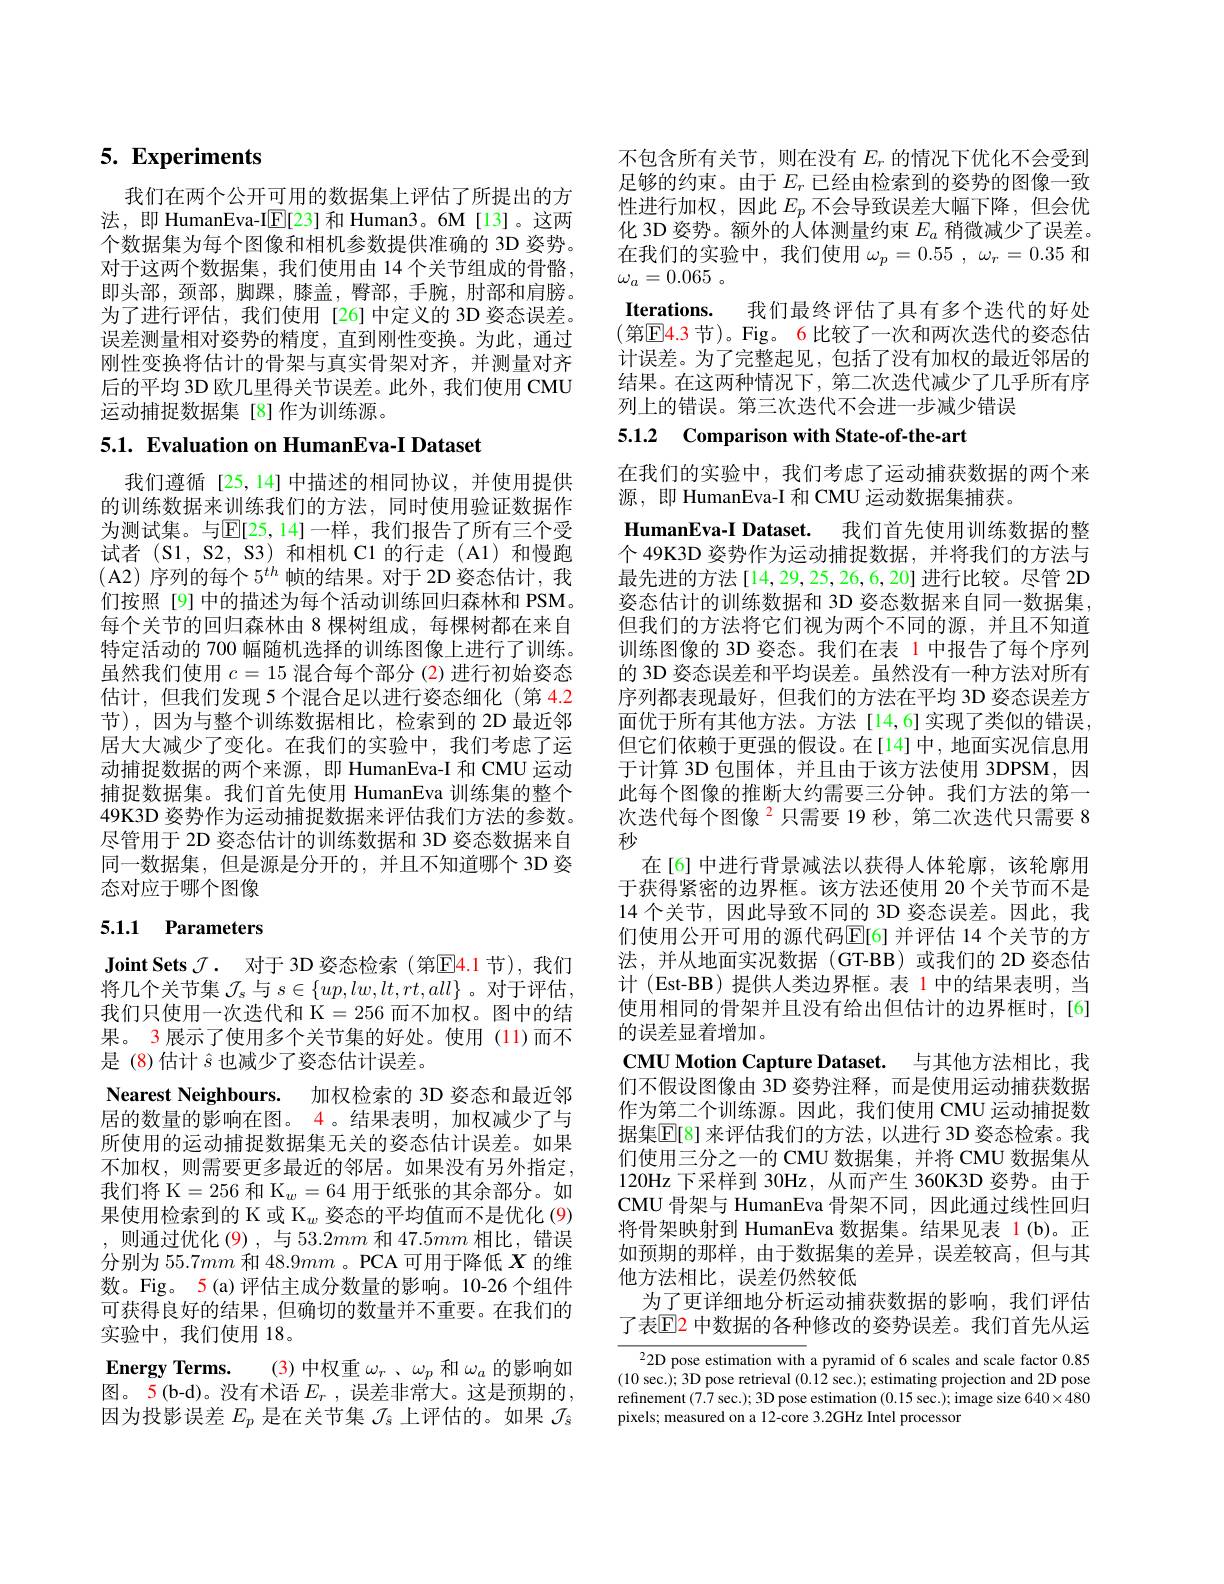
# 5. Experiments

我们在两个公开可用的数据集上评估了所提出的方法，即 HumanEva-I$\overline{\mathbb{E}}[23]$和 Human3。6M[13]。这两个数据集为每个图像和相机参数提供准确的 3D 姿势。对于这两个数据集，我们使用由 14 个关节组成的骨骼， 即头部，颈部，脚踝，膝盖，臀部，手腕，肘部和肩膀。为了进行评估，我们使用[26]中定义的 3D 姿态误差。误差测量相对姿势的精度，直到刚性变换。为此，通过刚性变换将估计的骨架与真实骨架对齐，并测量对齐后的平均 3D 欧几里得关节误差。此外，我们使用 CMU 运动捕捉数据集[8]作为训练源。

# 5.1. Evaluation on HumanEva-I Dataset

我们遵循[25,14]中描述的相同协议，并使用提供的训练数据来训练我们的方法，同时使用验证数据作为测试集。与$\mathbb{E}[25,14]$一样，我们报告了所有三个受试者 (S1, S2, S3) 和相机 C1 的行走 (A1) 和慢跑(A2) 序列的每个$5^{th}$ 帧的结果。对于 2D 姿态估计，我们按照[9]中的描述为每个活动训练回归森林和 PSM。每个关节的回归森林由 8 棵树组成，每棵树都在来自特定活动的 700 幅随机选择的训练图像上进行了训练。虽然我们使用$c=15$混合每个部分 (2)进行初始姿态估计，但我们发现 5 个混合足以进行姿态细化 (第 4.2节),因为与整个训练数据相比，检索到的 2D 最近邻居大大减少了变化。在我们的实验中，我们考虑了运动捕捉数据的两个来源，即 HumanEva-I 和 CMU 运动捕捉数据集。我们首先使用 HumanEva 训练集的整个49K3D 姿势作为运动捕捉数据来评估我们方法的参数。尽管用于 2D 姿态估计的训练数据和 3D 姿态数据来自同一数据集，但是源是分开的，并且不知道哪个 3D 姿态对应于哪个图像

# 5.1.1 Parameters

Joint Sets $\mathcal{J}.$ 对于 3D 姿态检索 (第$\mathbb{E}$4.1节),我们将几个关节集$\mathcal{J}_s$与$s\in\{up,lw,lt,rt,all\}$ 。对于评估， 我们只使用一次迭代和 K=256 而不加权。图中的结果。3 展示了使用多个关节集的好处。使用 (11)而不是 (8)估计$\hat{s}$也减少了姿态估计误差。
Nearest Neighbours. 加权检索的 3D 姿态和最近邻居的数量的影响在图。4。结果表明，加权减少了与所使用的运动捕捉数据集无关的姿态估计误差。如果不加权，则需要更多最近的邻居。如果没有另外指定， 我们将 K$=256\text{ 和 K}_w=64$用于纸张的其余部分。如果使用检索到的 K 或 K$_w$姿态的平均值而不是优化 (9) ,则通过优化(9),与53.2mm和47.5mm相比，错误分别为 55.7$mm$和 48.9$mm$ 。PCA 可用于降低$X$的维数。Fig。5(a)评估主成分数量的影响。10-26 个组件可获得良好的结果，但确切的数量并不重要。在我们的实验中，我们使用 18。
Energy Terms. (3)中权重$\omega_r$ 、$\omega_p$和$\omega_a$的影响如图。5(b-d)。没有术语 $E_r$ ,误差非常大。这是预期的， 因为投影误差$E_p$是在关节集$\mathcal{J}_\hat{s}$上评估的。如果$\mathcal{J}_\hat{s}$

不包含所有关节，则在没有$E_r$的情况下优化不会受到足够的约束。由于$E_r$已经由检索到的姿势的图像一致性进行加权，因此$E_p$ 不会导致误差大幅下降，但会优化 3D 姿势。额外的人体测量约束$E_a$稍微减少了误差。在我们的实验中，我们使用$\omega _p= 0. 55$ , $\omega _r= 0. 35$和$\omega _a= 0. 065$ 。
Iterations. 我们最终评估了具有多个迭代的好处(第$\mathbb{E}\color{red}{4.3}$节)。Fig。6 比较了一次和两次迭代的姿态估计误差。为了完整起见，包括了没有加权的最近邻居的结果。在这两种情况下，第二次迭代减少了几乎所有序列上的错误。第三次迭代不会进一步减少错误

5.1.2 Comparison with State-of-the-art

在我们的实验中，我们考虑了运动捕获数据的两个来
源，即 HumanEva-I 和 CMU 运动数据集捕获。
HumanEva-I Dataset. 我们首先使用训练数据的整个 49K3D 姿势作为运动捕捉数据，并将我们的方法与最先进的方法[14,29,25,26,6,20]进行比较。尽管 2D 姿态估计的训练数据和 3D 姿态数据来自同一数据集， 但我们的方法将它们视为两个不同的源，并且不知道训练图像的 3D 姿态。我们在表 1 中报告了每个序列的 3D 姿态误差和平均误差。虽然没有一种方法对所有序列都表现最好，但我们的方法在平均 3D 姿态误差方面优于所有其他方法。方法[14,6]实现了类似的错误但它们依赖于更强的假设。在[14]中，地面实况信息用于计算 3D 包围体，并且由于该方法使用 3DPSM,因此每个图像的推断大约需要三分钟。我们方法的第一次迭代每个图像$^{2}$只需要 19 秒，第二次迭代只需要 8秒
在[6] 中进行背景减法以获得人体轮廓，该轮廓用于获得紧密的边界框。该方法还使用 20 个关节而不是14 个关节，因此导致不同的 3D 姿态误差。因此，我们使用公开可用的源代码$\overline{\mathbb{E}}[6]$ 并评估 14 个关节的方法，并从地面实况数据(GT-BB)或我们的 2D 姿态估计 (Est-BB) 提供人类边界框。表 1 中的结果表明，当使用相同的骨架并且没有给出但估计的边界框时，[6] 的误差显着增加。
CMU Motion Capture Dataset. 与其他方法相比，我们不假设图像由 3D 姿势注释，而是使用运动捕获数据作为第二个训练源。因此，我们使用 CMU 运动捕捉数据集$\overline{\mathbb{E}}[8]$ 来评估我们的方法，以进行 3D 姿态检索。我们使用三分之一的 CMU 数据集，并将 CMU 数据集从120Hz 下采样到 30Hz, 从而产生 360K3D 姿势。由于CMU 骨架与 HumanEva 骨架不同，因此通过线性回归将骨架映射到 HumanEva 数据集。结果见表 1(b)。正如预期的那样，由于数据集的差异，误差较高，但与其他方法相比，误差仍然较低
为了更详细地分析运动捕获数据的影响，我们评估了表$\mathbb{E}$2 中数据的各种修改的姿势误差。我们首先从运
2D pose estimation with a pyramid of 6 scales and scale factor 0.85 (10 sec.); 3D pose retrieval (0.12 sec.); estimating projection and 2D pose

refinement (7.7 sec.); 3D pose estimation (0.15 sec.); image size $640\times480$
pixels; measured on a 12-core 3.2GHz Intel processor